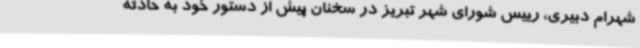
شهرام دبیری، رییس شورای شهر تبریز در سخنان پیش از دستور خود به حادثه